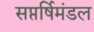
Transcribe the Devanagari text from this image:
सप्तर्षिमंडल